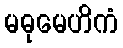
မဓုမေဟိကံ